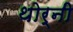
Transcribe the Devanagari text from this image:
थोर्नी